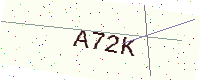
Text: A72K